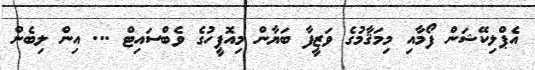
އެޕްލިކޭޝަން ފޯމާއި މިމަޤާމުގެ ވަޒީފާ ބަޔާން މިއޮފީހުގެ ވެބްސައިޓް ... އިން ލިބެން